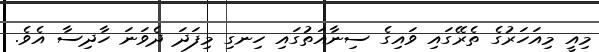
މިއީ މިއަހަރުގެ ތެރޭގައި ވައިގެ ސިނާއަތުގައި ހިނގި މިފަދަ ދެވަނަ ހާދިސާ އެވެ.